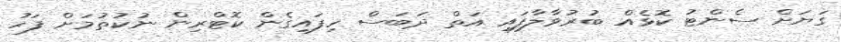
ގަޔަށް ސެންޓު ކޮޅެއް ބުރުވާލާފައި އަތް ދަބަސް ހިފައިގެން ކޮޓްރިން ނުކުތުމަށް ފަހު